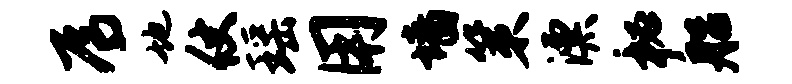
焉地仗瑶用墙策漂秘船